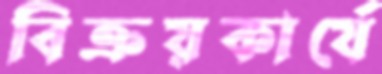
বিক্রয়কার্যে